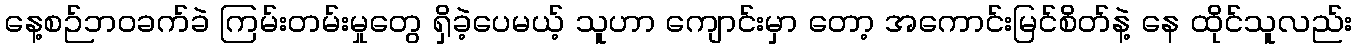
နေ့စဉ်ဘဝခက်ခဲ ကြမ်းတမ်းမှုတွေ ရှိခဲ့ပေမယ့် သူဟာ ကျောင်းမှာ တော့ အကောင်းမြင်စိတ်နဲ့ နေ ထိုင်သူလည်း